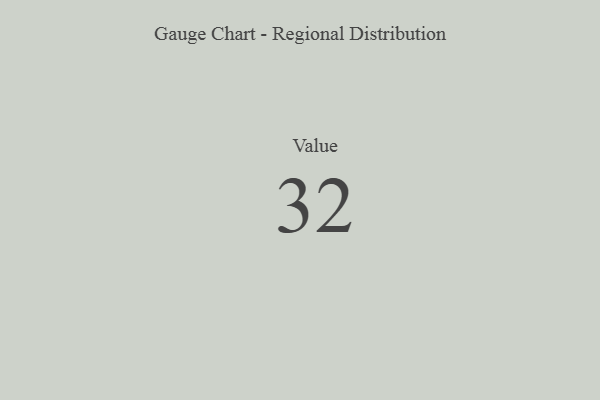
{"axis": {"x": "Metric", "y": "Value"}, "legend": [""], "data": [{"x": "Value", "y": 32, "type": ""}]}